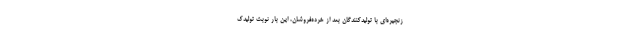
زنجیره‌ای با تولیدکنندگان بعد از خرده‌فروشان، این بار نوبت تولیدک